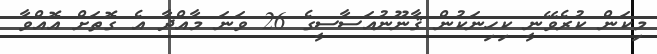
މިކަން ކުރެވޭނީ ކިހިނަކުން ޤާނޫނުއަސާސީގެ 26 ވަނަ މާއްދާ އެ ގޮތަށް އޮއްވާ